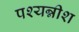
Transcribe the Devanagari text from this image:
पश्यन्नीश